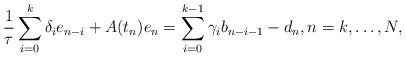
LaTeX: \begin{align*}\frac{1}{\tau}\sum\limits^{k}_{i=0}\delta_i e_{n-i} + A(t_n)e_n=\sum\limits^{k-1}_{i=0}\gamma_ib_{n-i-1}-d_n,n=k,\dotsc,N,\end{align*}